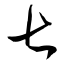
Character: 七